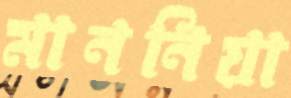
মাননিয়া